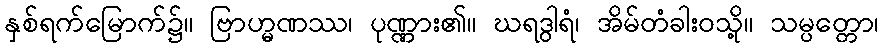
နှစ်ရက်မြောက်၌။ ဗြာဟ္မဏဿ၊ ပုဏ္ဏား၏။ ဃရဒွါရံ၊ အိမ်တံခါးဝသို့။ သမ္ပတ္တော၊